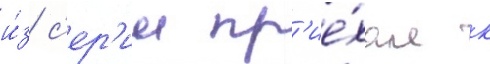
и́з с'ер'ии пр'ие́хал к